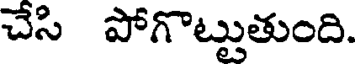
చేసి పోగొట్టుతుంది.